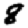
Digit: 8